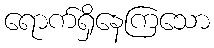
ရောက်ရှိနေကြသော